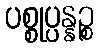
ပစ္စုပ္ပန္နဉ္စ